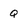
Character: Q